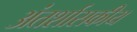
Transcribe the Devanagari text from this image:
अंतर्शासकीय